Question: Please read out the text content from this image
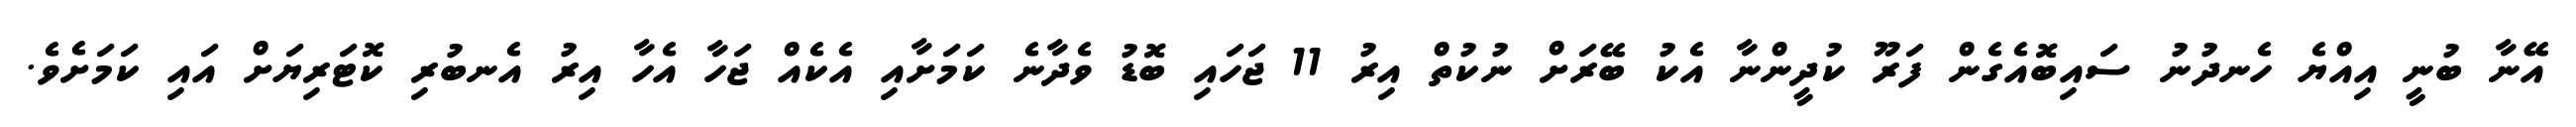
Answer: އޭނާ ބުނީ އިއްޔެ ހެނދުނު ސައިބޮއެގެން ފަރޫ ކުދީންނާ އެކު ބޭރަށް ނުކުތް އިރު 11 ޖަހައި ބޮޑު ވެދާނެ ކަމަށާއި އެކެއް ޖަހާ އެހާ އިރު އެނބުރި ކޮޓަރިޔަށް އައި ކަމަށެވެ.